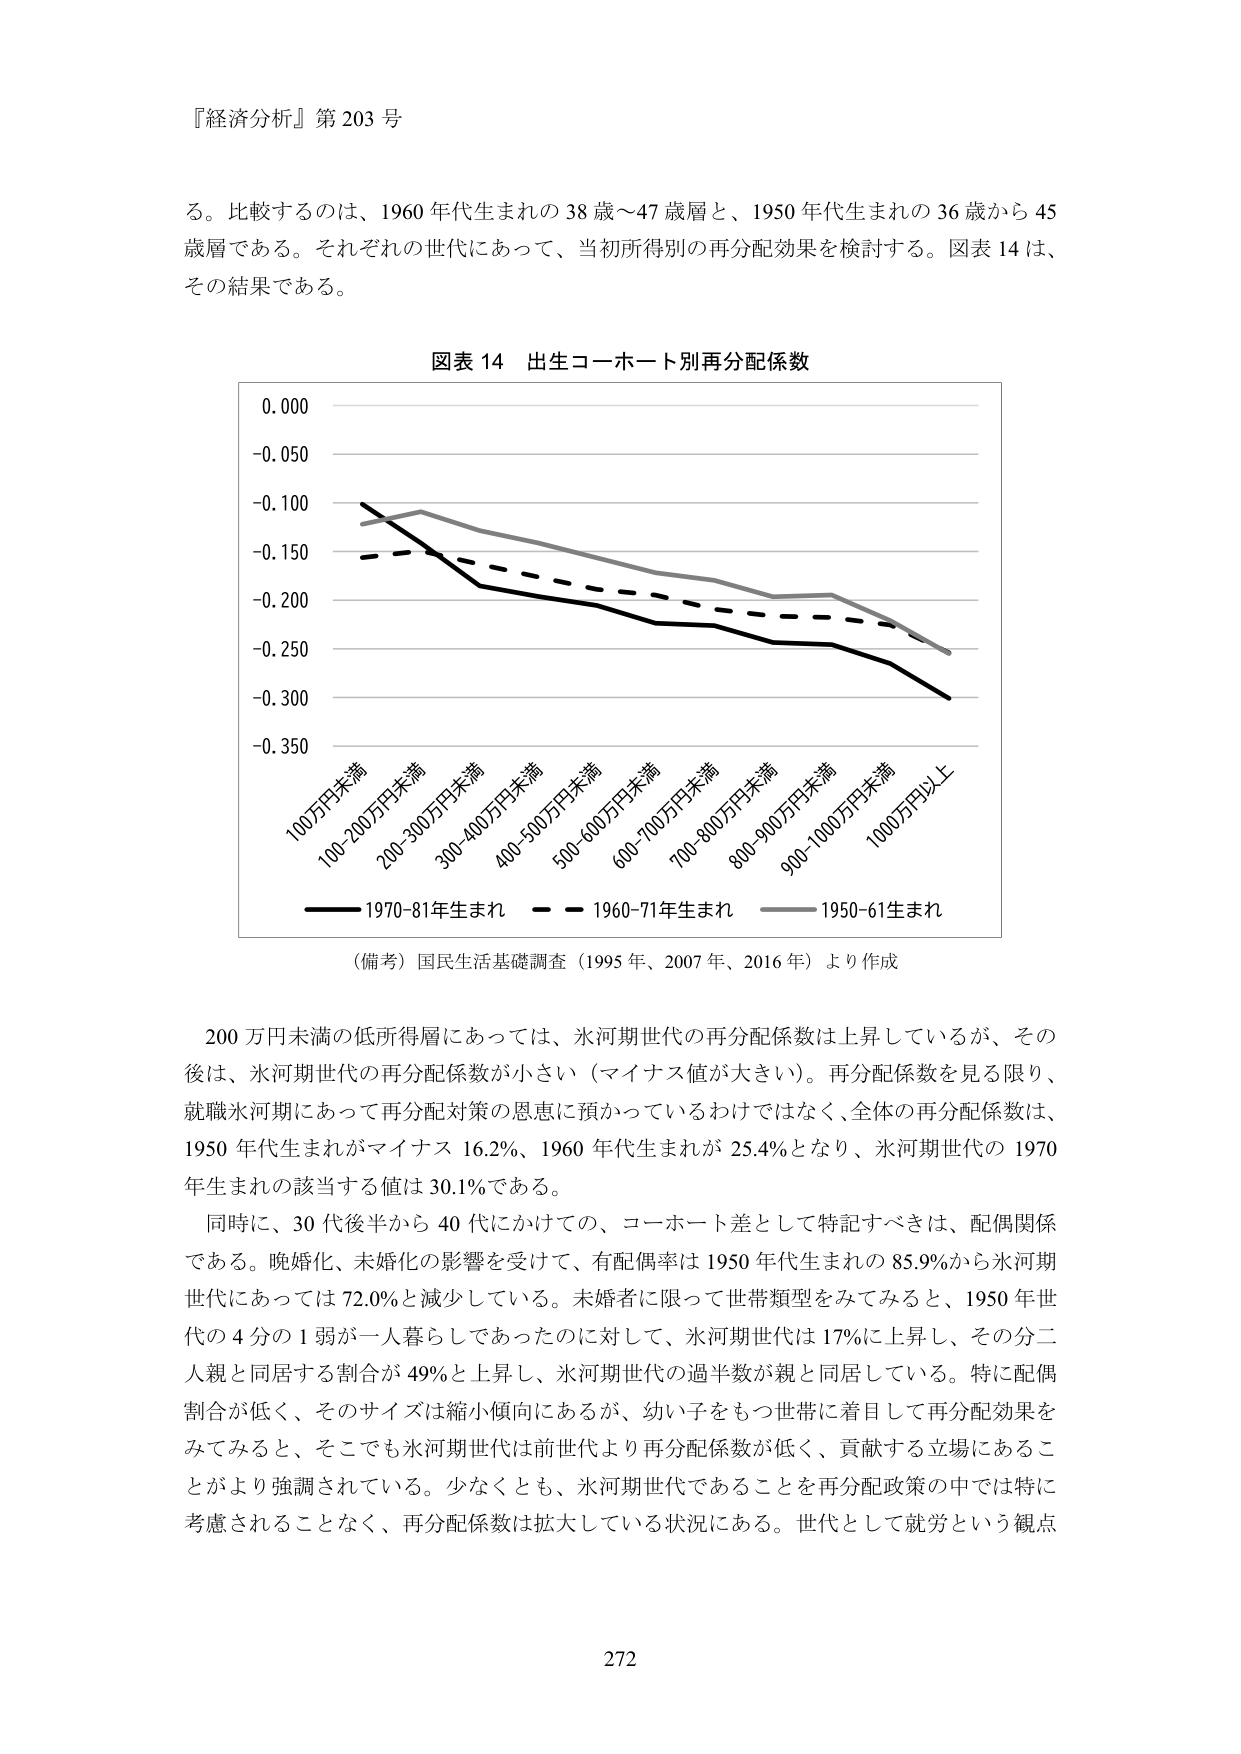
『経済分析』第 203 号

る。比較するのは、1960 年代生まれの 38 歳～47 歳層と、1950 年代生まれの 36 歳から 45 歳層である。それぞれの世代にあって、当初所得別の再分配効果を検討する。図表 14 は、その結果である。

図表 14 出生コホート別再分配係数

0.000
-0.050
-0.100
-0.150
-0.200
-0.250
-0.300
-0.350

100万円未満
100-200万円未満
200-300万円未満
300-400万円未満
400-500万円未満
500-600万円未満
600-700万円未満
700-800万円未満
800-900万円未満
900-1000万円未満
1000万円以上

―― 1970-81年生まれ
―― 1960-71年生まれ
―― 1950-61生まれ

（備考）国民生活基礎調査（1995 年、2007 年、2016 年）より作成

200 万円未満の低所得層にあっては、氷河期世代の再分配係数は上昇しているが、その後は、氷河期世代の再分配係数が小さい（マイナス値が大きい）。再分配係数を見る限り、就職氷河期にあって再分配対策の恩恵に預かっているわけではなく、全体の再分配係数は、1950 年代生まれがマイナス 16.2%、1960 年代生まれが 25.4%となり、氷河期世代の 1970 年生まれの該当する値は 30.1%である。

同時に、30 代後半から 40 代にかけての、コホート差として特記すべきは、配偶関係である。晩婚化、未婚化の影響を受けて、有配偶率は 1950 年代生まれの 85.9%から氷河期世代にあっては 72.0%と減少している。未婚者に限って世帯類型をみてみると、1950 年世代の 4 分の 1 弱が一人暮らしであったのに対して、氷河期世代は 17%に上昇し、その分二人親と同居する割合が 49%と上昇し、氷河期世代の過半数が親と同居している。特に配偶割合が低く、そのサイズは縮小傾向にあるが、幼い子をもつ世帯に着目して再分配効果をみてみると、そこでも氷河期世代は前世代より再分配係数が低く、貢献する立場にあることがより強調されている。少なくとも、氷河期世代であることを再分配政策の中では特に考慮されることなく、再分配係数は拡大している状況にある。世代として就労という観点

272